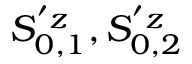
S _ { \boldsymbol { 0 } , 1 } ^ { ' z } , S _ { \boldsymbol { 0 } , 2 } ^ { ' z }